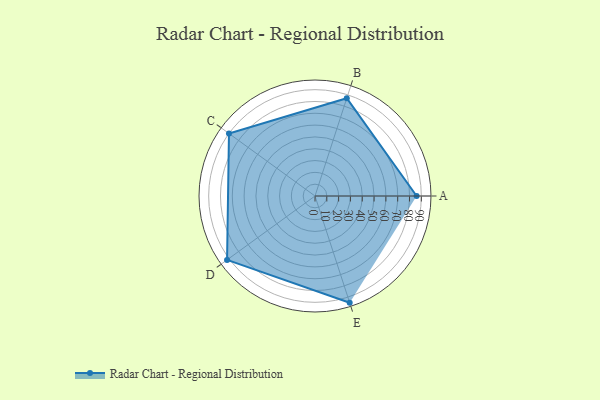
{"axis": {"x": "Skill", "y": "Score"}, "legend": ["Profile"], "data": [{"x": "A", "y": 86.0, "type": "Profile"}, {"x": "B", "y": 87.0, "type": "Profile"}, {"x": "C", "y": 90.0, "type": "Profile"}, {"x": "D", "y": 92.0, "type": "Profile"}, {"x": "E", "y": 95.0, "type": "Profile"}]}